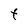
Character: t